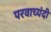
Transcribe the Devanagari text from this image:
परवाच्यंदी